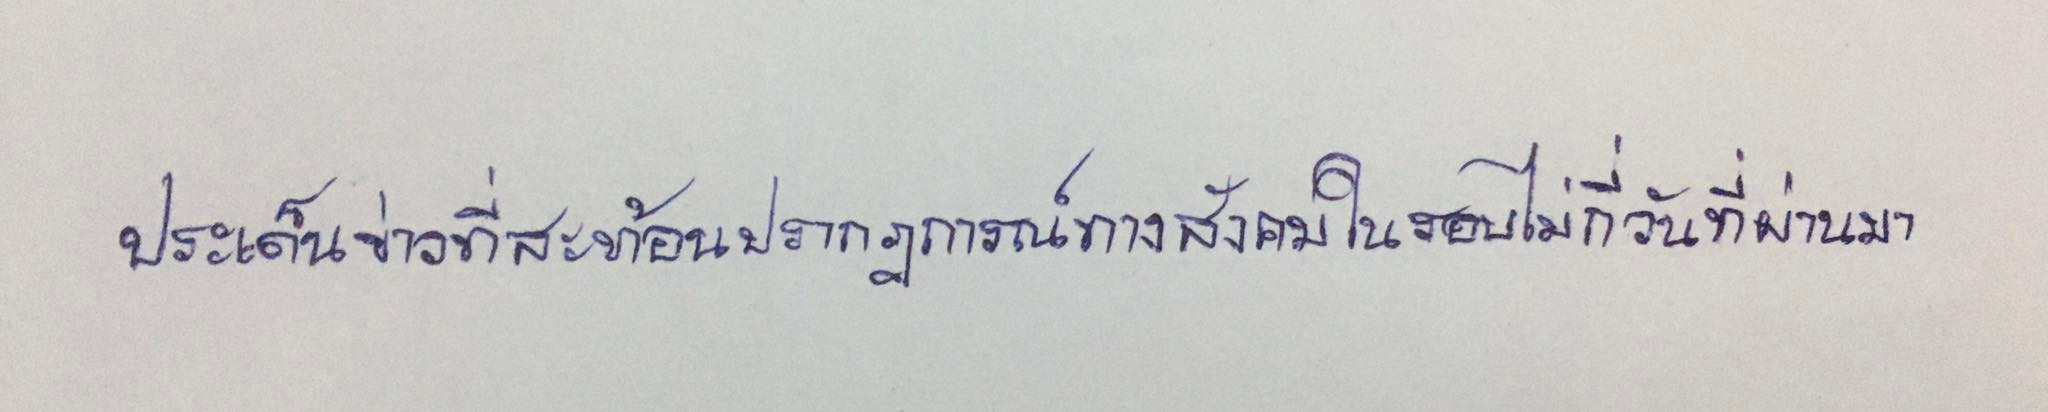
ประเด็นข่าวที่สะท้อนปรากฎการณ์ทางสังคมในรอบไม่กี่วันที่ผ่านมา